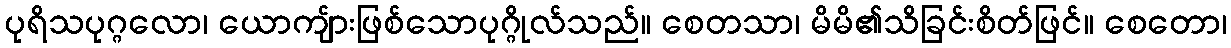
ပုရိသပုဂ္ဂလော၊ ယောကျ်ားဖြစ်သောပုဂ္ဂိုလ်သည်။ စေတသာ၊ မိမိ၏သိခြင်းစိတ်ဖြင်။ စေတော၊